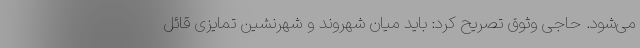
می‌شود. حاجی وثوق تصریح کرد: باید میان شهروند و شهرنشین تمایزی قائل